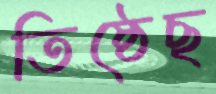
তিষ্ঠেছ